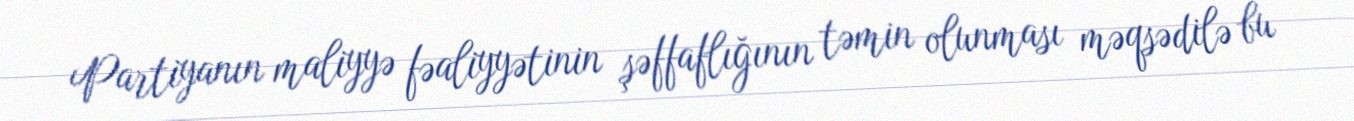
Partiyanın maliyyə fəaliyyətinin şəffaflığının təmin olunması məqsədilə bu